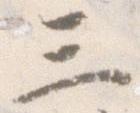
三